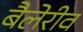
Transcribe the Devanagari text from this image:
बैलेरीव